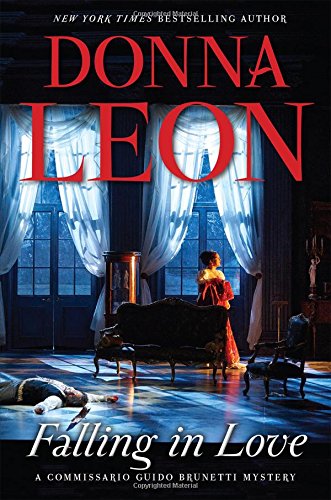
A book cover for Falling in Love: A Commissario Guido Brunetti Mystery; Donna Leon; Mystery, Thriller & Suspense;